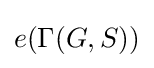
e(\Gamma (G,S))